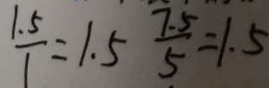
\frac { 1 . 5 } { 1 } = 1 . 5 \frac { 7 . 5 } { 5 } = 1 . 5